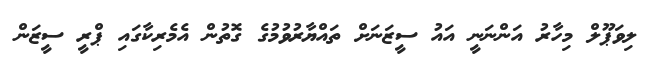
ލިވަޕޫލް މިހާރު އަންނަނީ އައު ސީޒަނަށް ތައްޔާރުވުމުގެ ގޮތުން އެމެރިކާގައި ޕްރީ ސީޒަން